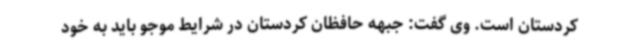
کردستان است. وی گفت: جبهه حافظان کردستان در شرایط موجو باید به خود